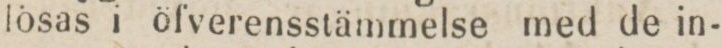
lösas i öfverensstämmelse med de in-